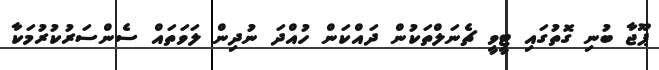
ޕޫޖާ ބުނި ގޮތުގައި ޓީވީ ޗެނަލްތަކުން ދައްކަން ހުއްދަ ނުދިން ލަވަތައް ސެންސަރުކުރުމަކާ